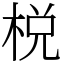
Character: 棁